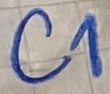
Text: C1